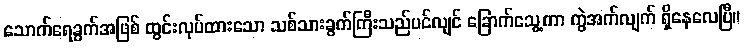
သောက်ရေခွက်အဖြစ် ထွင်းလုပ်ထားသော သစ်သားခွက်ကြီးသည်ပင်လျင် ခြောက်သွေ့ကာ ကွဲအက်လျက် ရှိနေလေပြီ။